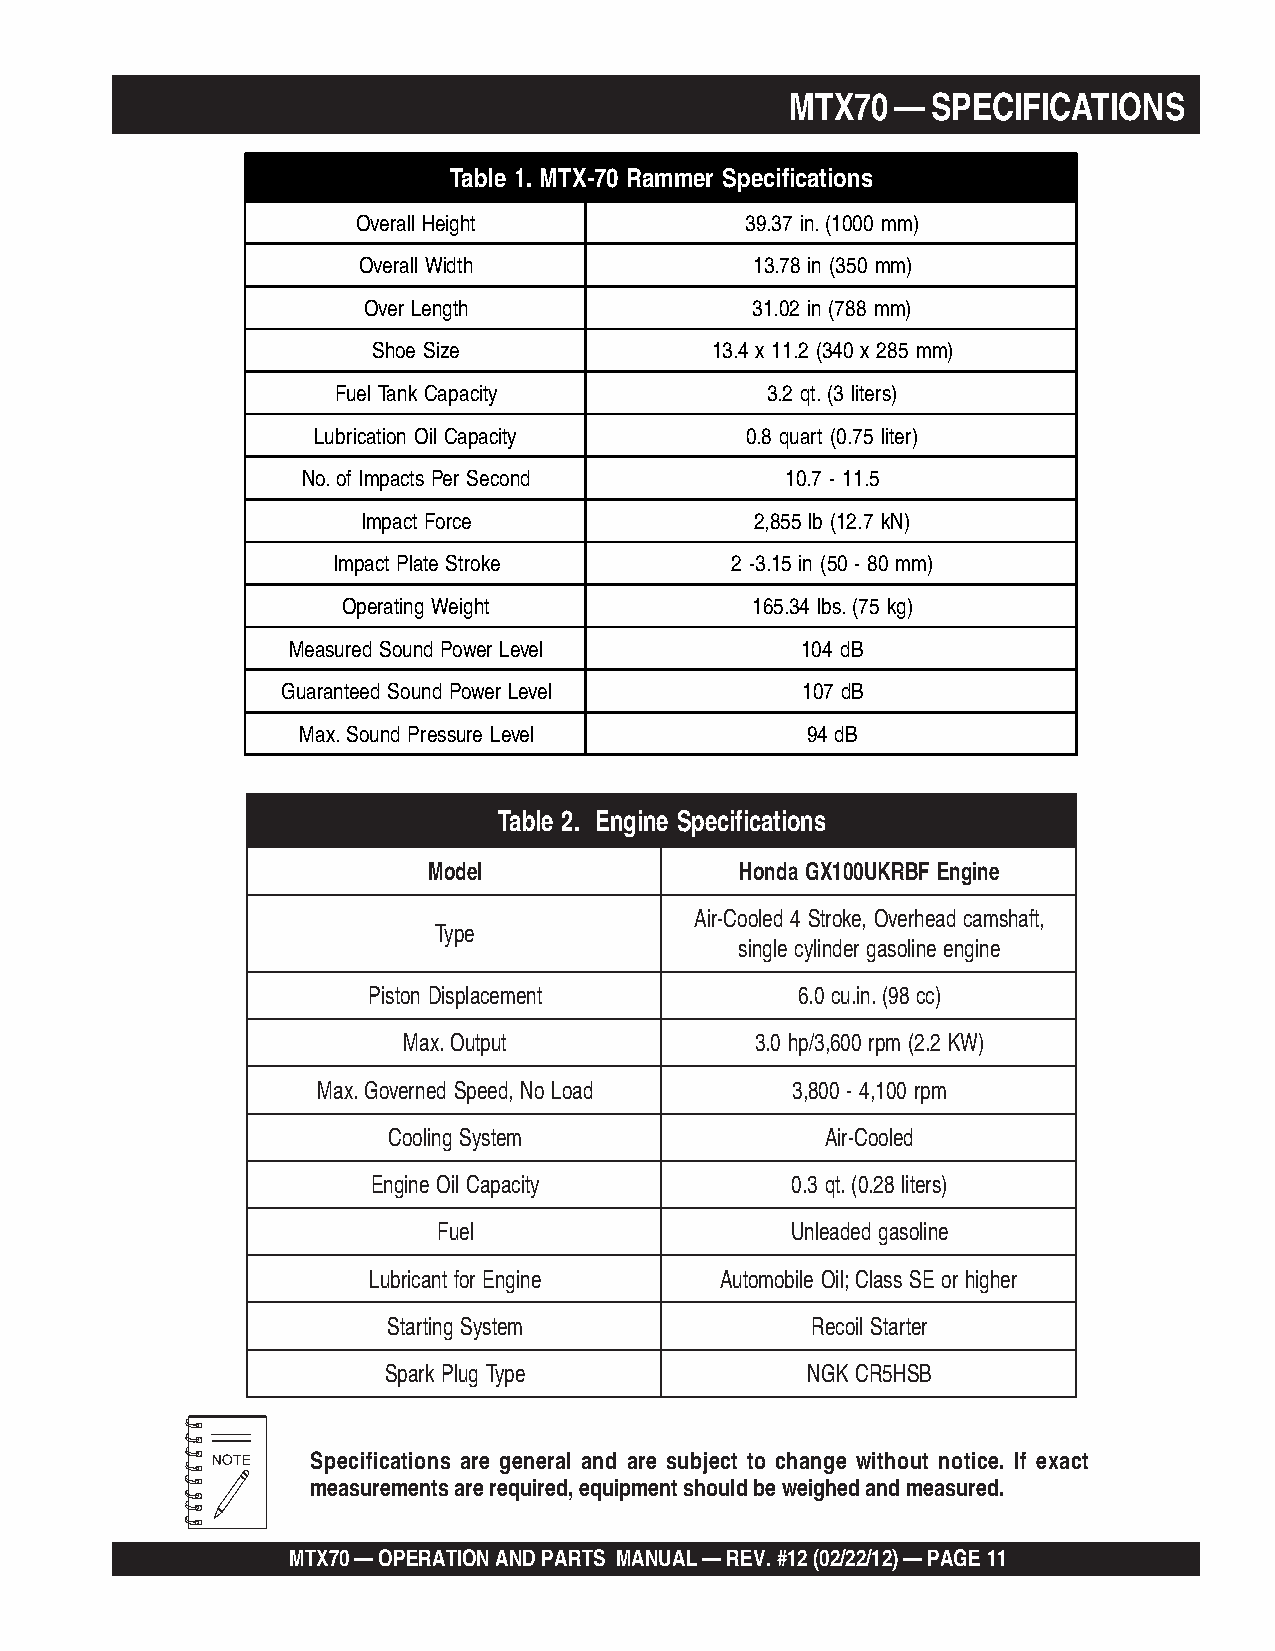
MTX70  —  SPECIFICATIONS
 Table 1. MTX-70 Rammer Specifications
 Overall Height           39.37 in. (1000 mm)
 Overall Width             13.78 in (350 mm)
 Over Length               31.02 in (788 mm)
 Shoe Size             13.4 x 11.2 (340 x 285 mm)
 Fuel Tank Capacity           3.2 qt. (3 liters)
 Lubrication Oil Capacity    0.8 quart (0.75 liter)
 No. of Impacts Per Second       10.7 - 11.5
 Impact Force              2,855 lb (12.7 kN)
 Impact Plate Stroke       2 -3.15 in (50 - 80 mm)
 Operating Weight           165.34 lbs. (75 kg)
 Measured Sound Power Level        104 dB
 Guaranteed Sound Power Level      107 dB
 Max. Sound Pressure Level        94 dB
 Table 2. Engine Specifications
 Model                Honda GX100UKRBF Engine
 Air-Cooled 4 Stroke, Overhead camshaft,
 Type
 single cylinder gasoline engine
 Piston Displacement          6.0 cu.in.(98 cc)
 Max.Output             3.0 hp/3,600 rpm (2.2 KW)
 Max.Governed Speed, No Load    3,800 - 4,100 rpm
 Cooling System               Air-Cooled
 Engine Oil Capacity        0.3 qt.(0.28 liters)
 Fuel                   Unleaded gasoline
 Lubricant for Engine    Automobile Oil;Class SE or higher
 Starting System             Recoil Starter
 Spark Plug Type             NGK CR5HSB
 Specifications are general and are subject to change without notice. If exact
 measurements are required, equipment should be weighed and measured.
 MTX70 — OPERATION AND PARTS MANUAL — REV. #12 (02/22/12) — PAGE 11